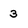
Character: 3